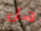
هل